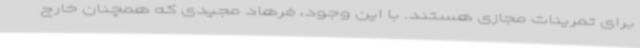
برای تمرینات مجازی هستند. با این وجود، فرهاد مجیدی که همچنان خارج